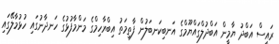
ރައީސް އަބްދު ޔާމީން އަބްދުލްގައްޔޫމްގެ އަނބިކަނބަލުން ފާތިމަތު އިބްރާހިމްގެ މަންމާފުޅުގެ ހަނދާނުގައި ހުޅުމާލޭގައި